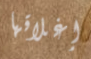
إغلاقها